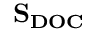
\bf { S _ { D O C } }